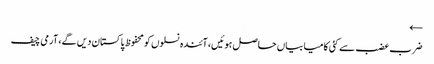
←
ضرب عضب سے کئی کامیابیاں حاصل ہوئیں، آئندہ نسلوں کو محفوظ پاکستان دیں گے، آرمی چیف